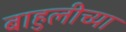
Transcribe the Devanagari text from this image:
बाहुलीच्या